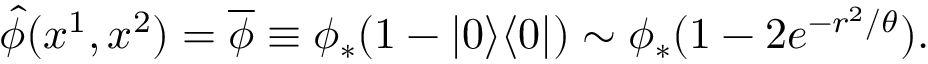
\widehat { \phi } ( x ^ { 1 } , x ^ { 2 } ) = \overline { { { \phi } } } \equiv \phi _ { * } ( 1 - | 0 \rangle \langle 0 | ) \sim \phi _ { * } ( 1 - 2 e ^ { - r ^ { 2 } / \theta } ) .